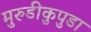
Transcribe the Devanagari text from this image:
मुरुडीकुपुडा